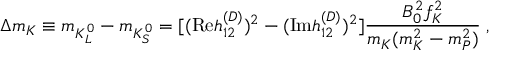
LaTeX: \Delta m _ { K } \equiv m _ { K _ { L } ^ { 0 } } - m _ { K _ { S } ^ { 0 } } = [ ( \mathrm { R e } h _ { 1 2 } ^ { ( D ) } ) ^ { 2 } - ( \mathrm { I m } h _ { 1 2 } ^ { ( D ) } ) ^ { 2 } ] \frac { B _ { 0 } ^ { 2 } f _ { K } ^ { 2 } } { m _ { K } ( m _ { K } ^ { 2 } - m _ { P } ^ { 2 } ) } \; , \nonumber